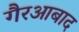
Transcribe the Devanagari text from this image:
गैरआबाद